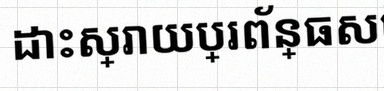
ដោះស្រាយប្រព័ន្ធសមីការ